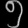
Digit: ၅